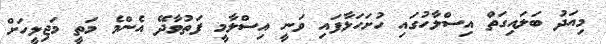
މިއަދު ބަލައިގަތް އިސްލާހުގައި ހުށަހަޅާފައި ވަނީ އިސްލާމީ ފަތުވާދޭ އެންމެ މަތީ މަޖިލީހަށް